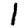
Digit: 1